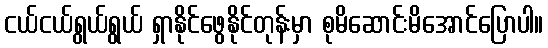
ငယ်ငယ်ရွယ်ရွယ် ရှာနိုင်ဖွေနိုင်တုန်းမှာ စုမိဆောင်းမိအောင်ပြောပါ။